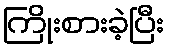
ကြိုးစားခဲ့ပြီး